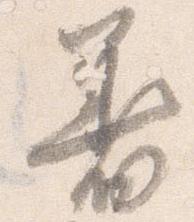
着